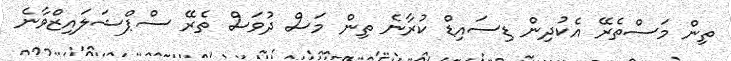
ތިން މަސްތެރޭ އެކުދިން ޑިސައިޑް ކުރާނެ ތިން މަސް ދުވަސް ތެރޭ ސްޕްޝަލައިޒްވާނެ